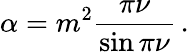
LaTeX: \alpha=m^{2}\frac{\pi\nu}{\sin\pi\nu}\, .